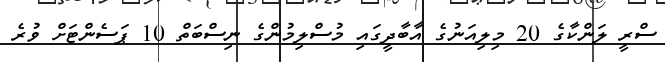
ސްރީ ލަންކާގެ 20 މިލިއަނުގެ އާބާދީގައި މުސްލިމުންގެ ނިސްބަތް 10 ޕަސެންޓަށް ވުރެ